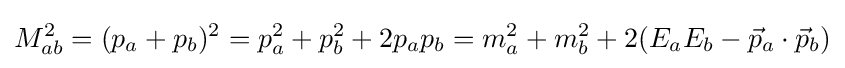
M_{ab}^{2}=(p_{a}+p_{b})^{2}=p_{a}^{2}+p_{b}^{2}+2p_{a}p_{b}=m_{a}^{2}+m_{b}^{2}+2(E_{a}E_{b}-{\vec {p}}_{a}\cdot {\vec {p}}_{b})